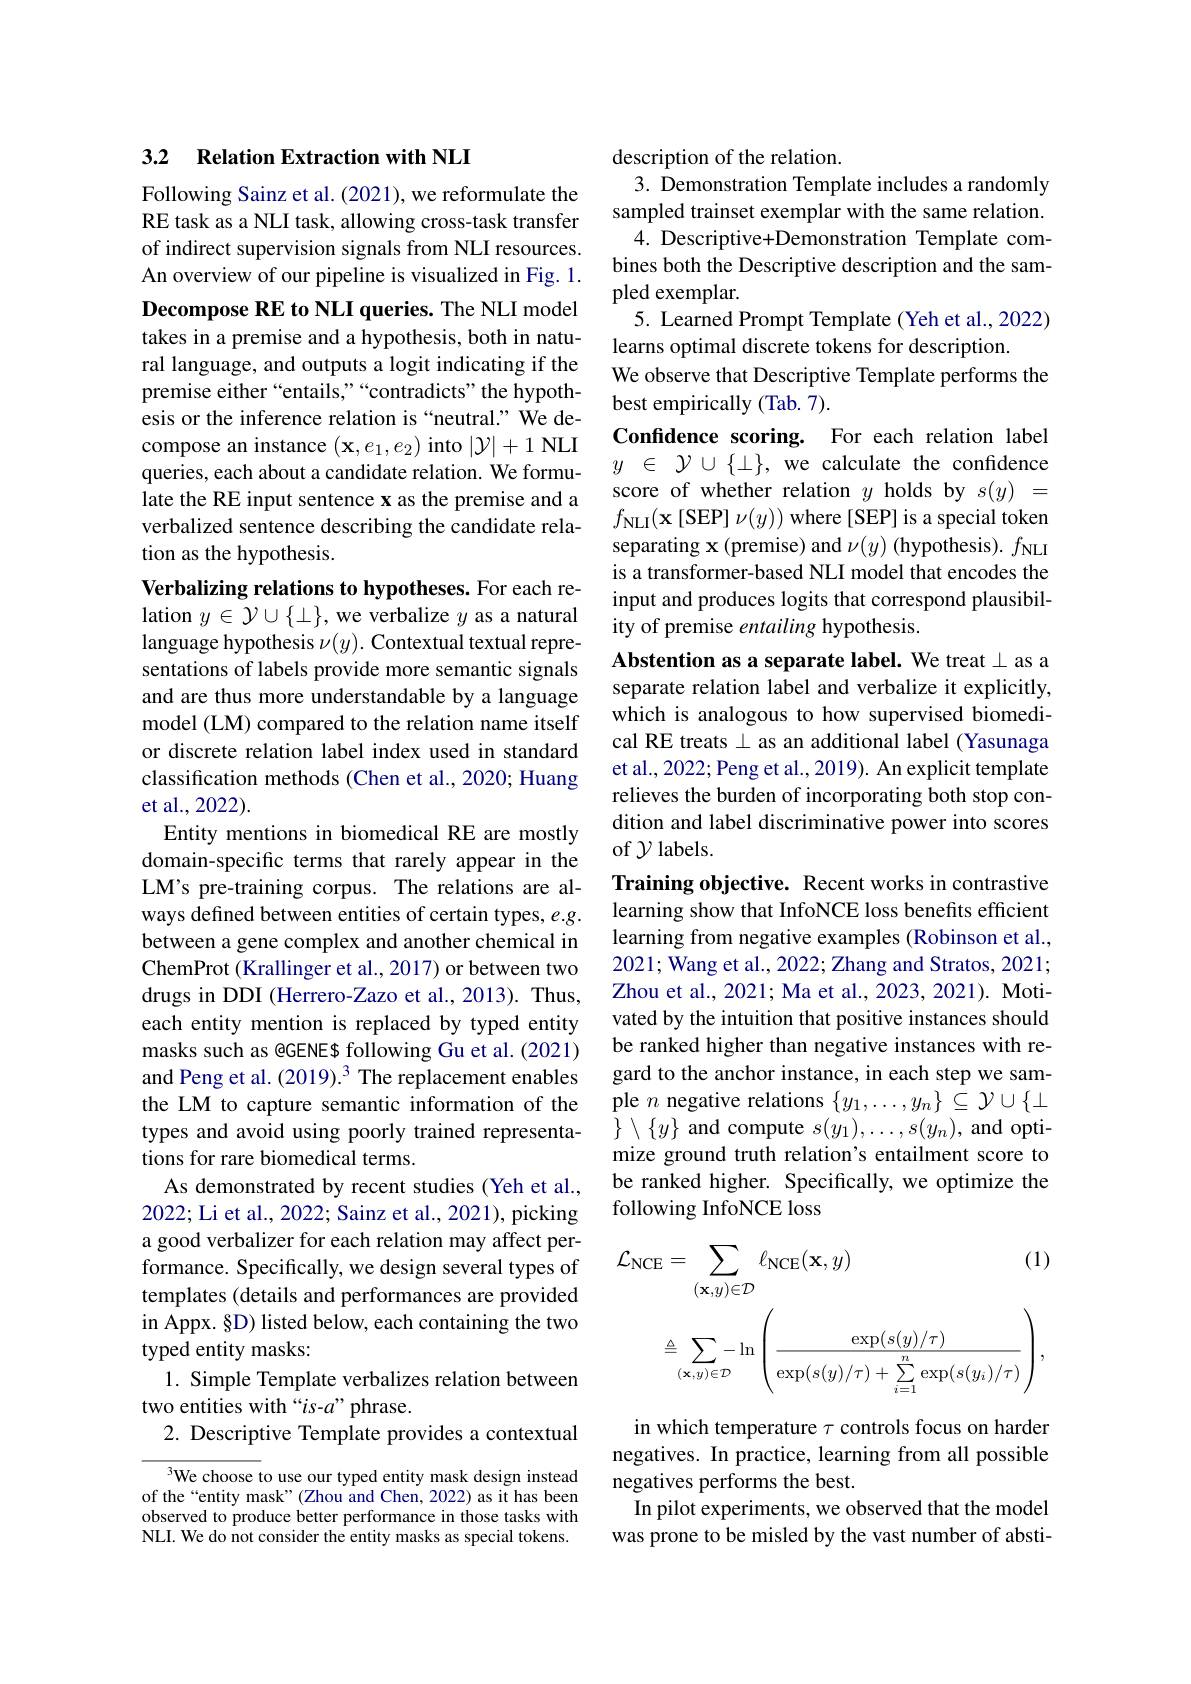
### 3.2 Relation Extraction with NLI

Following Sainz et al. (2021), we reformulate the RE task as a NLI task, allowing cross-task transfer of indirect supervision signals from NLI resources. An overview of our pipeline is visualized in Fig. 1. Decompose RE to NLI queries. The NLI model takes in a premise and a hypothesis, both in natural language, and outputs a logit indicating if the premise either “entails,”“contradicts" the hypothesis or the inference relation is“neutral.” We decompose an instance $(\mathbf{x},e_1,e_2)$ into $|\mathcal{Y}|+1$ NLI queries, each about a candidate relation. We formulate the RE input sentence x as the premise and a verbalized sentence describing the candidate relation as the hypothesis.
Verbalizing relations to hypotheses. For each re-

lation $y\in\mathcal{Y}\cup\{\bot\}$,we verbalize $y$ as a natural language hypothesis $\nu(y).$ Contextual textual representations of labels provide more semantic signals and are thus more understandable by a language model (LM) compared to the relation name itself or discrete relation label index used in standard classification methods (Chen et al., 2020; Huang et al., 2022).
Entity mentions in biomedical RE are mostly domain-specific terms that rarely appear in the LM's pre-training corpus. The relations are always defined between entities of certain types, e.g. between a gene complex and another chemical in ChemProt (Krallinger et al., 2017) or between two drugs in DDI (Herrero-Zazo et al., 2013). Thus, each entity mention is replaced by typed entity masks such as @GENE$ following Gu et al.(2021) and Peng et al. (2019).3 The replacement enables the LM to capture semantic information of the types and avoid using poorly trained representations for rare biomedical terms.
As demonstrated by recent studies (Yeh et al., 2022; Li et al., 2022; Sainz et al., 2021), picking a good verbalizer for each relation may affect performance. Specifically, we design several types of templates (details and performances are provided in Appx. §D) listed below, each containing the two typed entity masks:
1. Simple Template verbalizes relation between
two entities with “$is-a”$phrase.
2. Descriptive Template provides a contextual

We choose to use our typed entity mask design instead of the“entity mask”(Zhou and Chen, 2022) as it has been observed to produce better performance in those tasks with NLI. We do not consider the entity masks as special tokens.

description of the relation.
3. Demonstration Template includes a randomly sampled trainset exemplar with the same relation. 4. Descriptive+Demonstration Template combines both the Descriptive description and the sampled exemplar.
5. Learned Prompt Template (Yeh et al., 2022)
learns optimal discrete tokens for description.
We observe that Descriptive Template performs the
best empirically (Tab. 7).
Confidence scoring. For each relation label $y$ $\in$ $\mathcal{Y} \cup \{ \bot \} $,we calculate the confidence score of whether relation $y$ holds by $s(y)=$ $f_{\mathrm{NLI}}( \mathbf{x} \left [ \mathrm{SEP}\right ] \nu ( y) )$ where [SEP] is a special token separating $\mathbf{x}$(premise) and $\nu(y)$ (hypothesis). $f_{\mathrm{NLI}}$ is a transformer-based NLI model that encodes the input and produces logits that correspond plausibility of premise entailing hypothesis.
Abstention as a separate label. We treat $\bot$ as a separate relation label and verbalize it explicitly, which is analogous to how supervised biomedical RE treats $\bot$ as an additional label (Yasunaga et al., 2022; Peng et al., 2019). An explicit template relieves the burden of incorporating both stop condition and label discriminative power into scores of $\mathcal{Y}$ labels.
Training objective. Recent works in contrastive learning show that InfoNCE loss benefits efficient learning from negative examples (Robinson et al., 2021; Wang et al., 2022; Zhang and Stratos, 2021; Zhou et al., 2021; Ma et al., 2023, 2021). Motivated by the intuition that positive instances should be ranked higher than negative instances with regard to the anchor instance, in each step we sample $n$ negative relations $\{y_1,\ldots,y_n\}\subseteq\mathcal{Y}\cup\{\bot$ $\}\setminus\{y\}$ and compute $s(y_1),\ldots,s(y_n)$, and optimize ground truth relation's entailment score to be ranked higher. Specifically, we optimize the following InfoNCE loss
$$\mathcal{L}_{\mathrm{NCE}}=\sum_{(\mathbf{x},y)\in\mathcal{D}}\ell_{\mathrm{NCE}}(\mathbf{x},y)\text{(1)}\\\triangleq\sum_{(\mathbf{x},y)\in\mathcal{D}}-\ln\left(\frac{\exp(s(y)/\tau)}{\exp(s(y)/\tau)+\sum_{i=1}^{n}\exp(s(y_{i})/\tau)}\right),$$
in which temperature $\tau$ controls focus on harder negatives. In practice, learning from all possible negatives performs the best.
In pilot experiments, we observed that the model was prone to be misled by the vast number of absti-